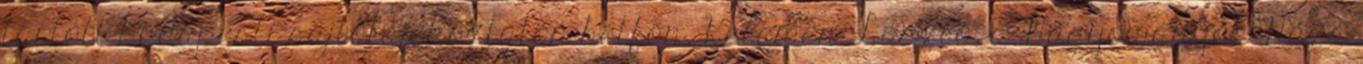
tartott budapesti sajtótájékoztatón hétfőn. Kelemen László, a Hagyományok Háza